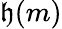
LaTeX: \mathfrak{h}(m)